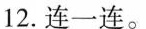
12.连一连。